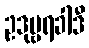
ဥဒုမ္ဗရခါဒီ